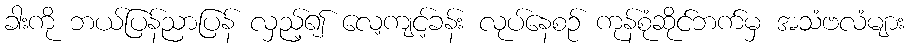
ခါးကို ဘယ်ပြန်ညာပြန် လှည့်၍ လေ့ကျင့်ခန်း လုပ်နေစဉ် ကုန်စုံဆိုင်ဘက်မှ အသံဗလံများ